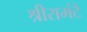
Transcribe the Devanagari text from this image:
श्रीरामंटे